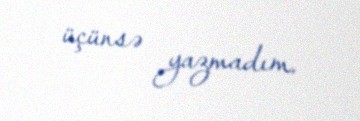
üçünsə yazmadım.